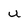
Character: u